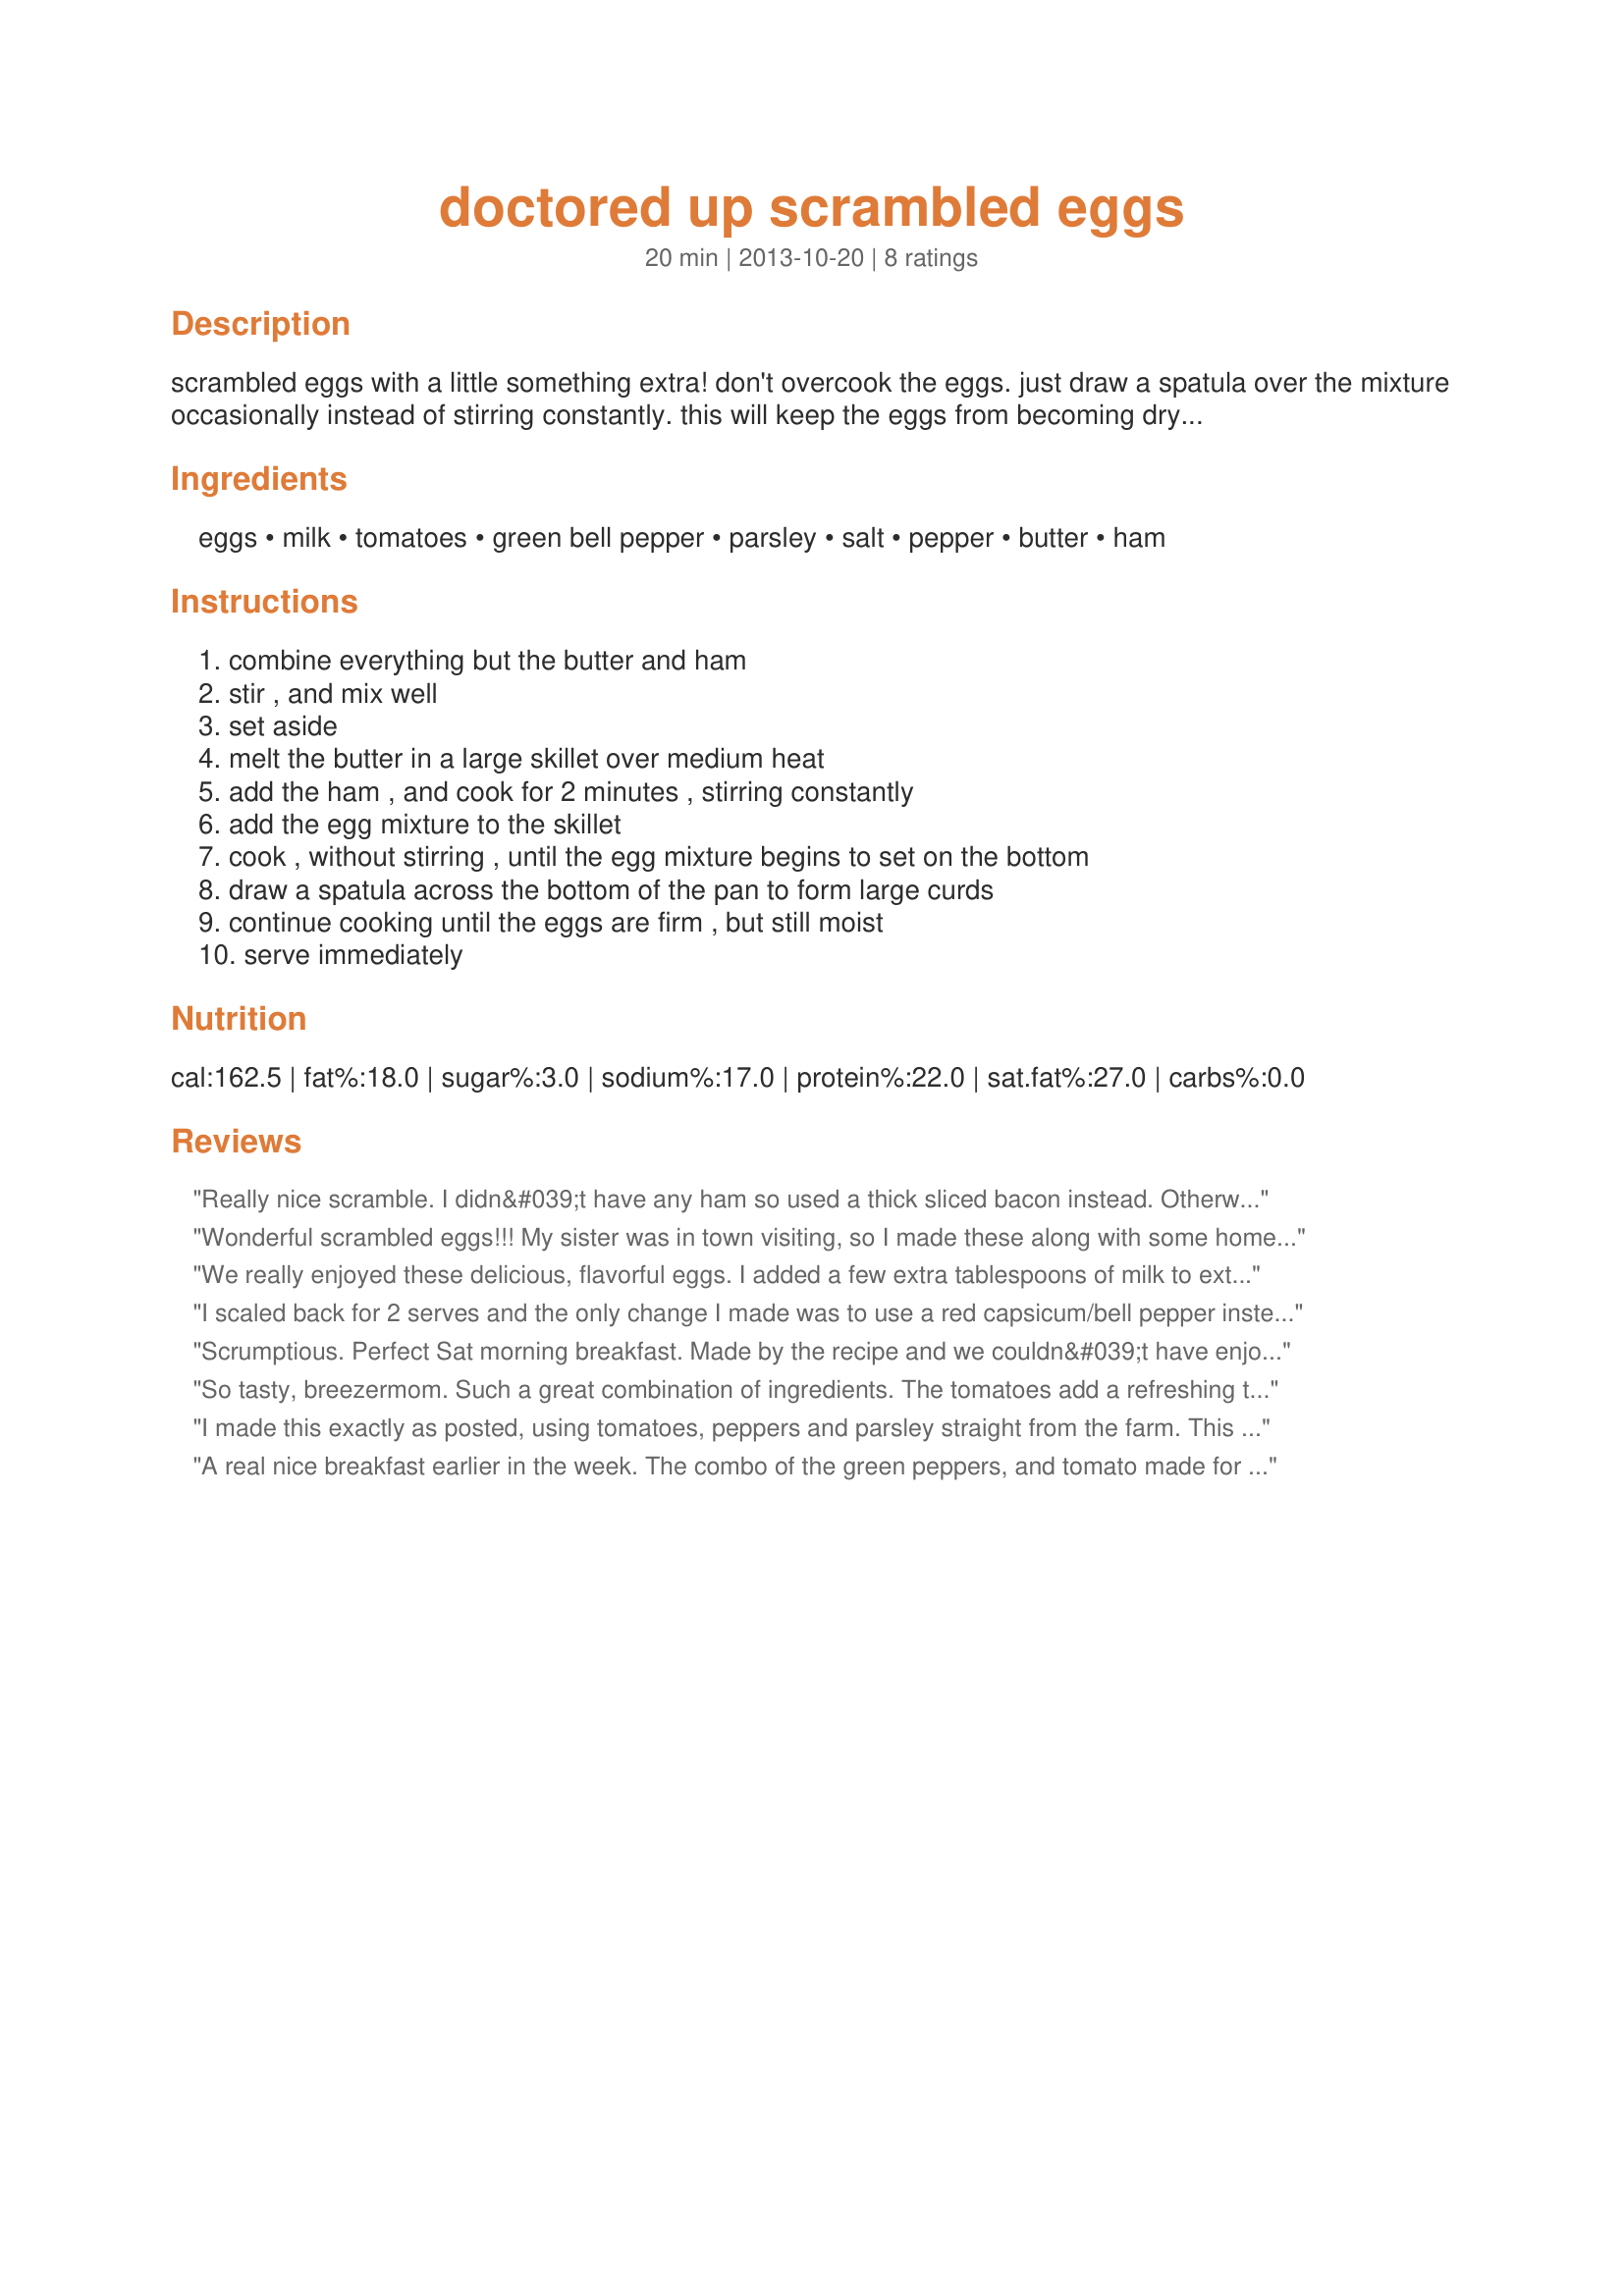
doctored up scrambled eggs
Preparation time: 20 minutes

scrambled eggs with a little something extra! don't overcook the eggs. just draw a spatula over the mixture occasionally instead of stirring constantly. this will keep the eggs from becoming dry and crumbly.

Ingredients:
eggs, milk, tomatoes, green bell pepper, parsley, salt, pepper, butter, ham

Steps:
combine everything but the butter and ham, stir , and mix well, set aside, melt the butter in a large skillet over medium heat, add the ham , and cook for 2 minutes , stirring constantly, add the egg mixture to the skillet, cook , without stirring , until the egg mixture begins to set on the bottom, draw a spatula across the bottom of the pan to form large curds, continue cooking until the eggs are firm , but still moist, serve immediately

Reviews:
Really nice scramble. I didn&#039;t have any ham so used a thick sliced bacon instead. Otherwise I made as directed. Simple and very tasty. Thanks breezermom for sharing and congrats on your football win!
Wonderful scrambled eggs!!! My sister was in town visiting, so I made these along with some homemade recipe#98849 and melon for a fantastic brunch. I, also substituted bacon for the ham and did add a bit of sliced green onions. Thanks for sharing the recipe and congrats on your win in the football pool!!!
We really enjoyed these delicious, flavorful eggs. I added a few extra tablespoons of milk to extend the recipe to feed a few more people. Also, I chopped up a couple of mushrooms and cooked them with the ham before adding the egg mixture. These eggs were a big hit with my guests. Thank you for sharing this wonderful recipe. **Made for 2017 Football Pool**
I scaled back for 2 serves and the only change I made was to use a red capsicum/bell pepper instead of green and the DM and I thoroughly enjoyed our delicious and filling breakfast with a piece of wholemeal/wholegrain toast, thank you breezermom, made for Everyday is a Holiday tag game.
Scrumptious. Perfect Sat morning breakfast. Made by the recipe and we couldn&#039;t have enjoyed it more. I just served the eggs with toasted multigrain bread, apricot jam and coffee. What a good morning. :D
So tasty, breezermom. Such a great combination of ingredients. The tomatoes add a refreshing touch and the green pepper was a perfect balance. But actually all the flavors blended quite well together and resulted in a wonderful breakfast dish. Made for Week 11 of the Football Pool 2013.
I made this exactly as posted, using tomatoes, peppers and parsley straight from the farm. This lends itself to many variations, but it is delicious as posted! Made for breezermom&#039;s Football Pool Week #9 win!
A real nice breakfast earlier in the week. The combo of the green peppers, and tomato made for a real nice colorful, and very presentable dish. The ham was an extra bonus. Served with some English muffins and orange juice. Made for FYC Tag, Definitely recommended..
